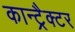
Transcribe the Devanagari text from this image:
कान्ट्रैक्टर